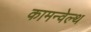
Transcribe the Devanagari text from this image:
कामन्वेल्थ